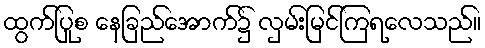
ထွက်ပြုစ နေခြည်အောက်၌ လှမ်းမြင်ကြရလေသည်။